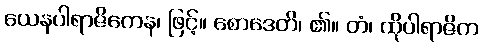
ယေနပါရာဇိကေန၊ ဖြင့်။ စောဒေတိ၊ ၏။ တံ၊ ထိုပါရာဇိက